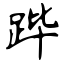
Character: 跸